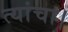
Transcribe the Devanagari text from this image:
त्यांचा।